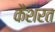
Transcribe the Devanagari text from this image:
कैशरत